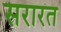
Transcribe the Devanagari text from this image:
सरारत